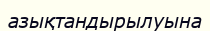
азықтандырылуына